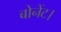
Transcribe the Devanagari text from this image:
बोनेंट।